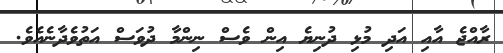
ރާއްޖެ އާއި އަދި މުޅި ދުނިޔެ އިން ވެސް ނިންމާ ދުވަސް އަތުވެދާނެއެވެ.